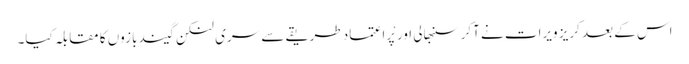
اس کے بعد کریز ویرات نے آکر سنبھالی اور پْراعتماد طریقے سے سری لنکن گیند بازوں کا مقابلہ کیا۔